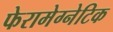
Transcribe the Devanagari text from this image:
फेरामेग्नेटिक